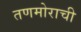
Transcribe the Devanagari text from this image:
तणमोराची